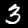
Label: 3